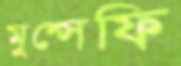
মুন্সেফি